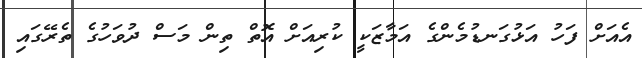
އެއަށް ފަހު އަޅުގަނޑުމެންގެ އަމާޒަކީ ކުރިއަށް އޮތް ތިން މަސް ދުވަހުގެ ތެރޭގައި